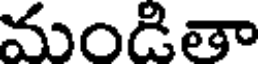
మండితా